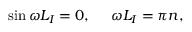
\sin \omega L _ { I } = 0 , ~ ~ ~ ~ \omega L _ { I } = \pi n ,